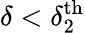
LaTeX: \delta<\delta_{2}^{\textrm{th}}